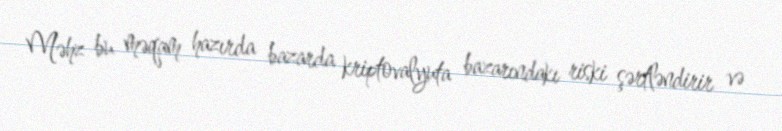
Məhz bu məqam hazırda bazarda kriptovalyuta bazarındakı riski şərtləndirir və